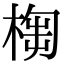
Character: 𣖣